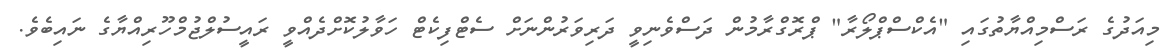
މިއަދުގެ ރަސްމިއްޔާތުގައި "އެކްސްޕްލޯރާ" ޕްރޮގްރާމުން ދަސްވެނިވީ ދަރިވަރުންނަށް ސެޓްފިކެޓް ހަވާލުކޮށްދެއްވީ ރައީސުލްޖުމްހޫރިއްޔާގެ ނައިބެވެ.